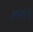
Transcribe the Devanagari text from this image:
रामात्